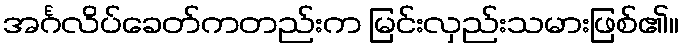
အင်္ဂလိပ်ခေတ်ကတည်းက မြင်းလှည်းသမားဖြစ်၏။